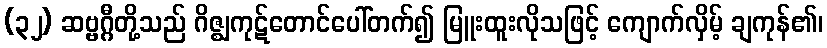
(၃၂) ဆဗ္ဗဂ္ဂီတို့သည် ဂိဇ္ဈကုဋ်တောင်ပေါ်တက်၍ မြူးထူးလိုသဖြင့် ကျောက်လှိမ့် ချကုန်၏၊